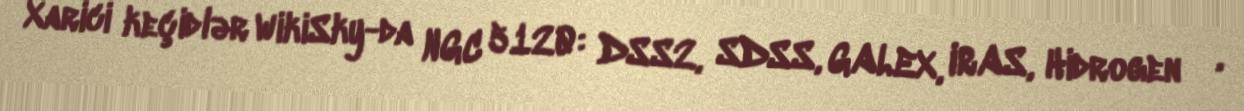
Xarici keçidlər WikiSky-da NGC 5120: DSS2, SDSS, GALEX, IRAS, Hidrogen α,